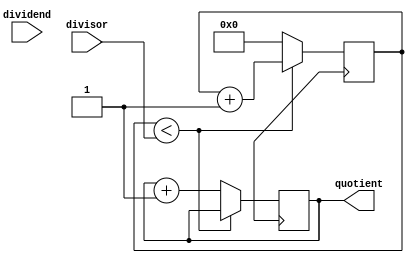
module CounterBasedDivider(
    input [31:0] dividend,
    input [31:0] divisor,
    output reg [31:0] quotient
);

reg [31:0] remainder;
reg [31:0] counter;

always @ (posedge clk) begin
    if(counter < divisor) begin
        counter <= counter + 1;
        remainder <= remainder - divisor;
    end else begin
        counter <= 0;
        quotient <= quotient + 1;
    end
end

endmodule